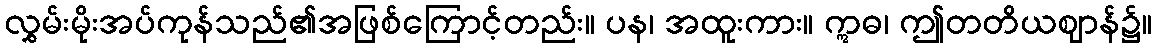
လွှမ်းမိုးအပ်ကုန်သည်၏အဖြစ်ကြောင့်တည်း။ ပန၊ အထူးကား။ ဣဓ၊ ဤတတိယဈာန်၌။